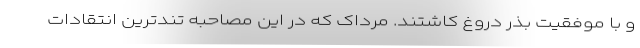
و با موفقیت بذر دروغ کاشتند. مرداک که در این مصاحبه تندترین انتقادات